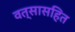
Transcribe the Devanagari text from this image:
वत्सासहित